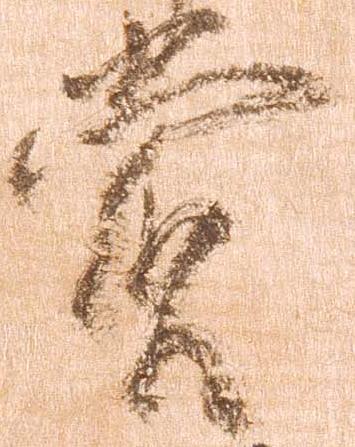
賞